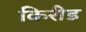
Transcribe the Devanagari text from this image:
किरीड